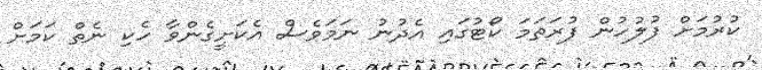
ކުރުމަށް ފުލުހުން ފުރަތަމަ ކޯޓުގައި އެދުނު ނަމަވެސް އެކަށީގެންވާ ހެކި ނެތް ކަމަށް